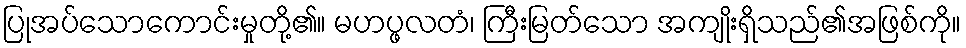
ပြုအပ်သောကောင်းမှုတို့၏။ မဟပ္ဖလတံ၊ ကြီးမြတ်သော အကျိုးရှိသည်၏အဖြစ်ကို။